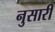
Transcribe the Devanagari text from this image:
नुसारी